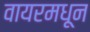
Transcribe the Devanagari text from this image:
वायरमधून